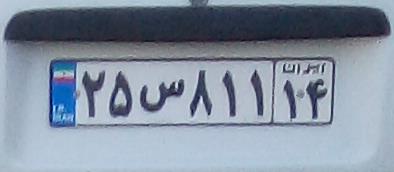
۲۵س۸۱۱۱۴